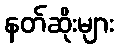
နတ်ဆိုးများ